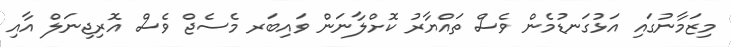
މިޒަމާނުގައި އަޅުގަނޑުމެން ވެސް ތައްޔާރު ކޮށްލާނަން ވައިބަރ މެެސެޖް ވެސް އޮރިޖިނަލް އާއި